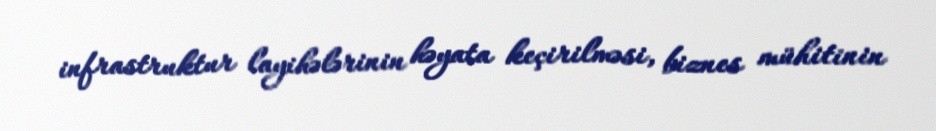
infrastruktur layihələrinin həyata keçirilməsi, biznes mühitinin